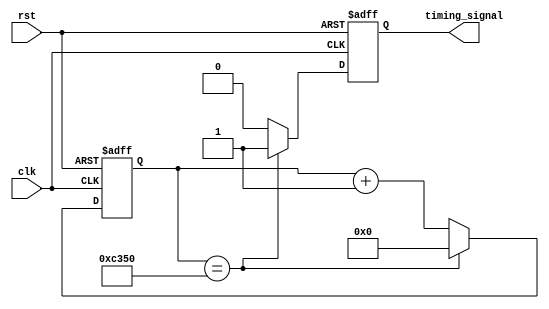
module IntervalTimer(
    input clk,
    input rst,
    output reg timing_signal
);

reg [31:0] count; // counter for timing control
reg [31:0] interval = 50000; // specify time resolution

always @(posedge clk or posedge rst) begin
    if (rst) begin
        count <= 0;
        timing_signal <= 0;
    end else begin
        if (count == interval) begin
            timing_signal <= 1;
            count <= 0;
        end else begin
            timing_signal <= 0;
            count <= count + 1;
        end
    end
end

endmodule